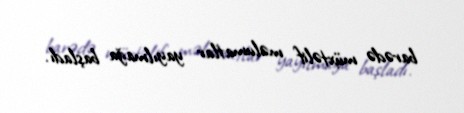
barədə müxtəlif məlumatlar yayılmağa başladı.